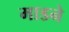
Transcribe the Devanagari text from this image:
माडने